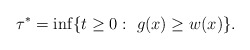
\begin{align*}\tau^* = \inf\{ t \ge 0:\ g(x) \ge w(x) \}.\end{align*}